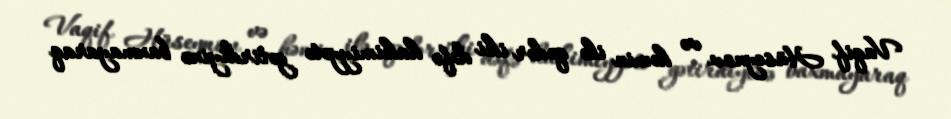
Vaqif Hüseynov və həmin ilə qədər iki dəfə hakimiyyətə gətirdiyinə baxmayaraq